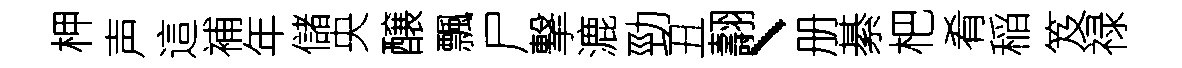
柙声這補年儲央醸飄尸撃漉勁丑翿、册綦杷肴稲笈禄